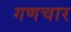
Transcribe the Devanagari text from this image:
गणचार